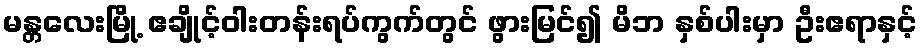
မန္တလေးမြို့ ဧချိုင့်ဝါးတန်းရပ်ကွက်တွင် ဖွားမြင်၍ မိဘ နှစ်ပါးမှာ ဦးဧရာနှင့်